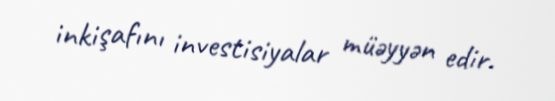
inkişafını investisiyalar müəyyən edir.